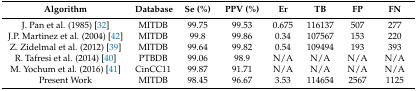
| Algorithm | Database | Se (%) | PPV (%) | Er | TB | FP | FN |
 | --- | --- | --- | --- | --- | --- | --- | --- |
 | J. Pan et al. (1985) [32] | MITDB | 99.75 | 99.53 | 0.675 | 116137 | 507 | 277 |
 | J.P. Martinez et al. (2004) [42] | MITDB | 99.8 | 99.86 | 0.34 | 107567 | 153 | 220 |
 | Z. Zidelmal et al. (2012) [39] | MITDB | 99.64 | 99.82 | 0.54 | 109494 | 193 | 393 |
 | R. Tafresi et al. (2014) [40] | PTBDB | 99.06 | 98.9 | N/A | N/A | N/A | N/A |
 | M. Yochum et al. (2016) [41] | CinCC11 | 99.87 | 91.71 | N/A | N/A | N/A | N/A |
 | Present Work | MITDB | 98.45 | 96.67 | 3.53 | 114654 | 2567 | 1125 |